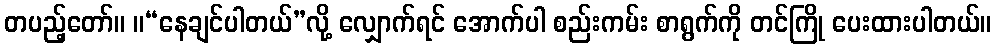
တပည့်တော်။ ။“နေချင်ပါတယ်”လို့ လျှောက်ရင် အောက်ပါ စည်းကမ်း စာရွက်ကို တင်ကြို ပေးထားပါတယ်။